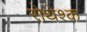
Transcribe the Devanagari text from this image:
रोथेश्क